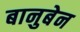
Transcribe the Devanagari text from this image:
बानुबेन